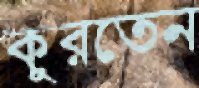
কুরতেন